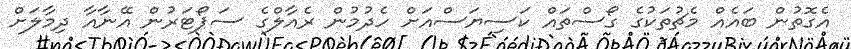
އެގޮތުން ބައެއް މެޗުތަކުގެ ގޯސްތައް ކަސިޔަސްއަށް ހެދުމުން ރެއާލްގެ ސަޕޯޓަރުން އޭނާއާ ދިމާލަށް